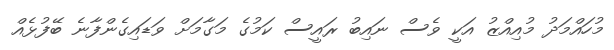
މުހައްމަދު މުއިއްޒު އަކީ ވެސް ނައިބު ރައީސް ކަމުގެ މަގާމަށް ވަޑައިގެންފާނެ ބޭފުޅެއް